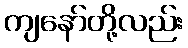
ကျနော်တို့လည်း